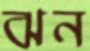
ঝন